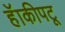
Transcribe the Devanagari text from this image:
हॅाकीपटू